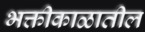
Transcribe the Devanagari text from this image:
भक्तीकाळातील